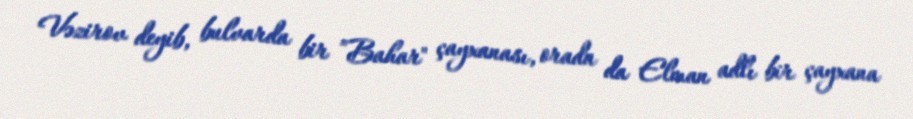
Vəzirov deyib, bulvarda bir ”Bahar" çayxanası, orada da Elman adlı bir çayxana